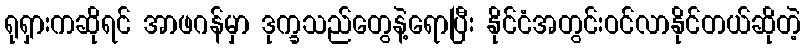
ရုရှားကဆိုရင် အာဖဂန်မှာ ဒုက္ခသည်တွေနဲ့ရောပြီး နိုင်ငံအတွင်းဝင်လာနိုင်တယ်ဆိုတဲ့